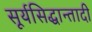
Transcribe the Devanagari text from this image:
सूर्यसिद्धान्तादी